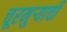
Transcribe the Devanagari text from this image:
चूरमुऱ्याची